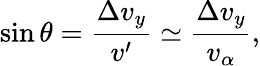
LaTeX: \sin\theta=\frac{\Delta v_{y}}{v^{\prime}}\simeq\frac{\Delta v_{y}}{v_{\alpha}},